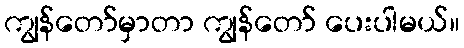
ကျွန်တော်မှာတာ ကျွန်တော် ပေးပါမယ်။